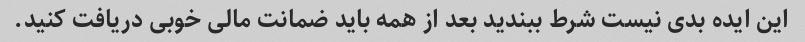
این ایده بدی نیست شرط ببندید بعد از همه باید ضمانت مالی خوبی دریافت کنید.